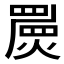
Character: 𤐁